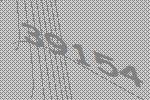
39154